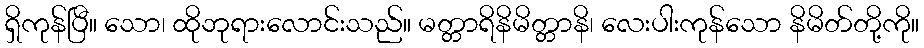
ရှိကုန်ပြီ။ သော၊ ထိုဘုရားလောင်းသည်။ မတ္တာရိနိမိတ္တာနိ၊ လေးပါးကုန်သော နိမိတ်တို့ကို။